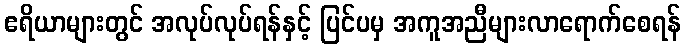
ဧရိယာများတွင် အလုပ်လုပ်ရန်နှင့် ပြင်ပမှ အကူအညီများလာရောက်စေရန်